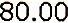
80.00